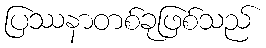
ပြဿနာတစ်ခုဖြစ်သည်